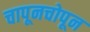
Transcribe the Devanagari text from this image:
चापूनचोपून